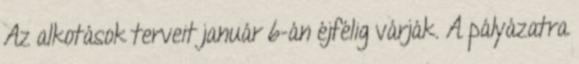
Az alkotások terveit január 6-án éjfélig várják. A pályázatra